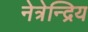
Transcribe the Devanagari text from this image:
नेत्रेन्द्रिय